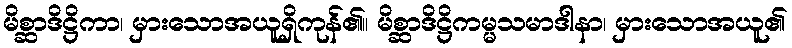
မိစ္ဆာဒိဋ္ဌိကာ၊ မှားသောအယူရှိကုန်၏။ မိစ္ဆာဒိဋ္ဌိကမ္မသမာဒါနာ၊ မှားသောအယူ၏